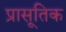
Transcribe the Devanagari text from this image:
प्रासूतिक